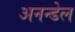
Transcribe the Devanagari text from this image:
अनन्डेल